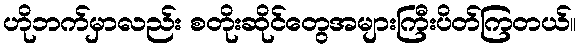
ဟိုဘက်မှာလည်း စတိုးဆိုင်တွေအများကြီးပိတ်ကြတယ်။